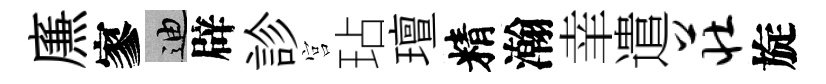
㢘寥迪辟診宫玷璮精瀚𦍒遣庄旋